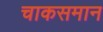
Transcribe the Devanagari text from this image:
चाकसमान